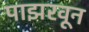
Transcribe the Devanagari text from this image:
पाझरवून